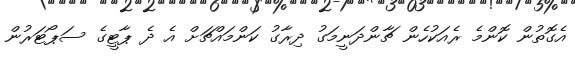
އެގޮތުން ކޮންމެ ރެއަކުހެން ޗާންދަނީމަގު ދިރާގު ކަންމައްޗަށް އެ ދެ ޕާޓީގެ ސަޕޯޓަރުން